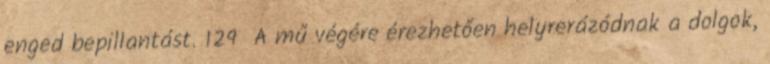
enged bepillantást. 129 A mű végére érezhetően helyrerázódnak a dolgok,